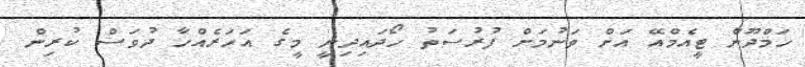
ހަމްދޫން ޓީއެމްއޭ އަށް ވަނުމަށް ފުރުސަތު ހޯދައިދިނީ މީގެ އަހަރެއްހާ ދުވަސް ކުރިން